Indian journal of veterinary science and animal husbandry - Volumes 15-17, 1948-1951
Year: 1948
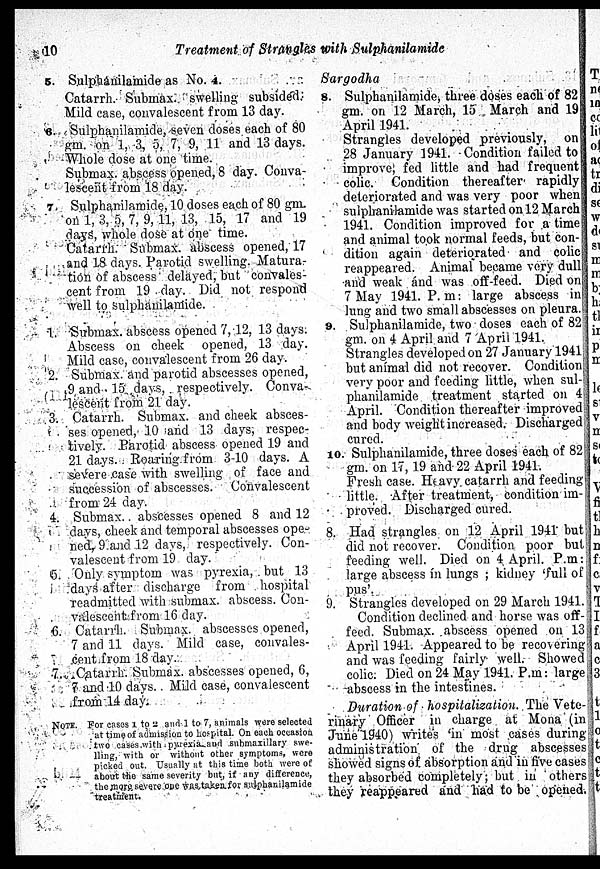
10
Treatment of Strangles with Sulphanilamide
5. Sulphanilamide as No. 4.
Catarrh. Submax. swelling subsided.
Mild case, convalescent from 13 day.
6. Sulphanilamide, seven doses each of 80
gm. on 1, 3, 5, 7, 9, 11 and 13 days.
Whole dose at one time.
Submax. abscess opened, 8 day. Conva-
lescent from 18 day.
7. Sulphanilamide, 10 doses each of 80 gm.
on 1, 3, 5, 7, 9, 11, 13, 15, 17 and 19
days, whole dose at one time.
Catarrh. Submax. abscess opened, 17
and 18 days. Parotid swelling. Matura-
tion of abscess delayed, but convales-
cent from 19 day. Did not respond
well to sulphanilamide.
1. Submax. abscess opened 7, 12, 13 days.
Abscess on cheek opened, 13 day.
Mild case, convalescent from 26 day.
2. Submax. and parotid abscesses opened,
9 and 15 days, respectively. Conva-
lescent from 21 day.
3. Catarrh. Submax. and cheek absces-
ses opened, 10 and 13 days, respec-
tively. Parotid abscess opened 19 and
21 days. Roaring from 3-10 days. A
severe case with swelling of face and
succession of abscesses. Convalescent
from 24 day.
4. Submax. abscesses opened 8 and 12
days, cheek and temporal abscesses ope
ned, 9 and 12 days, respectively. Con-
valescent from 19 day.
5. Only symptom was pyrexia, but 13
days after discharge from hospital
readmitted with submax. abscess. Con-
valescent from 16 day.
6. Catarrh. Submax. abscesses opened,
7 and 11 days. Mild case, convales-
cent from 18 day.
7. Catarrh. Submax. abscesses opened, 6,
7 and 10 days. Mild case, convalescent
from 14 day.
NOTE. For cases 1 to 2 and 1 to 7, animals were selected
at time of admission to hospital. On each occasion
two cases with pyrexia and submaxillary swe-
lling, with or without other symptoms, were
picked out. Usually at this time both were of
about the same severity but, if any difference,
the more severe one was taken for sulphanilamide
treatment.
Sargodha
8. Sulphanilamide, three doses each of 82
gm. on 12 March, 15 March and 19
April 1941.
Strangles developed previously, on
28 January 1941. Condition failed to
improve, fed little and had frequent
colic. Condition thereafter rapidly
deteriorated and was very poor when
sulphanilamide was started on 12 March
1941. Condition improved for a time
and animal took normal feeds, but con-
dition again deteriorated and colic
reappeared. Animal became very dull
and weak and was off-feed. Died on
7 May 1941. P. m: large abscess in
lung and two small abscesses on pleura.
9. Sulphanilamide, two doses each of 82
gm. on 4 April and 7 April 1941.
Strangles developed on 27 January 1941
but animal did not recover. Condition
very poor and feeding little, when sul-
phanilamide treatment started on 4
April. Condition thereafter improved
and body weight increased. Discharged
cured.
10. Sulphanilamide, three doses each of 82
gm. on 17, 19 and 22 April 1941.
Fresh case. Heavy catarrh and feeding
little. After treatment, condition im-
proved. Discharged cured.
8. Had strangles on 12 April 1941 but
did not recover. Condition poor but
feeding well. Died on 4 April. P.m:
large abscess in lungs; kidney 'full of
pus'.
9. Strangles developed on 29 March 1941.
Condition declined and horse was off-
feed. Submax. abscess opened on 13
April 1941. Appeared to be recovering
and was feeding fairly well. Showed
colic. Died on 24 May 1941. P.m: large
abscess in the intestines.
Duration of hospitalization. The Vete-
rinary Officer in charge at Mona (in
June 1940) writes 'in most cases during
administration of the drug abscesses
showed signs of absorption and in five cases
they absorbed completely; but in others
they reappeared and had to be opened.